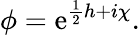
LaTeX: \phi=\mathrm{e}^{\frac{{1}}{{2}}h+i\chi}.